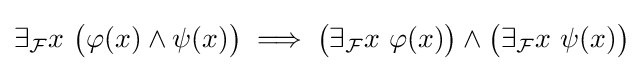
\exists _{\mathcal {F}}x\ {\big (}\varphi (x)\land \psi (x){\big )}\implies {\big (}\exists _{\mathcal {F}}x\ \varphi (x){\big )}\land {\big (}\exists _{\mathcal {F}}x\ \psi (x){\big )}